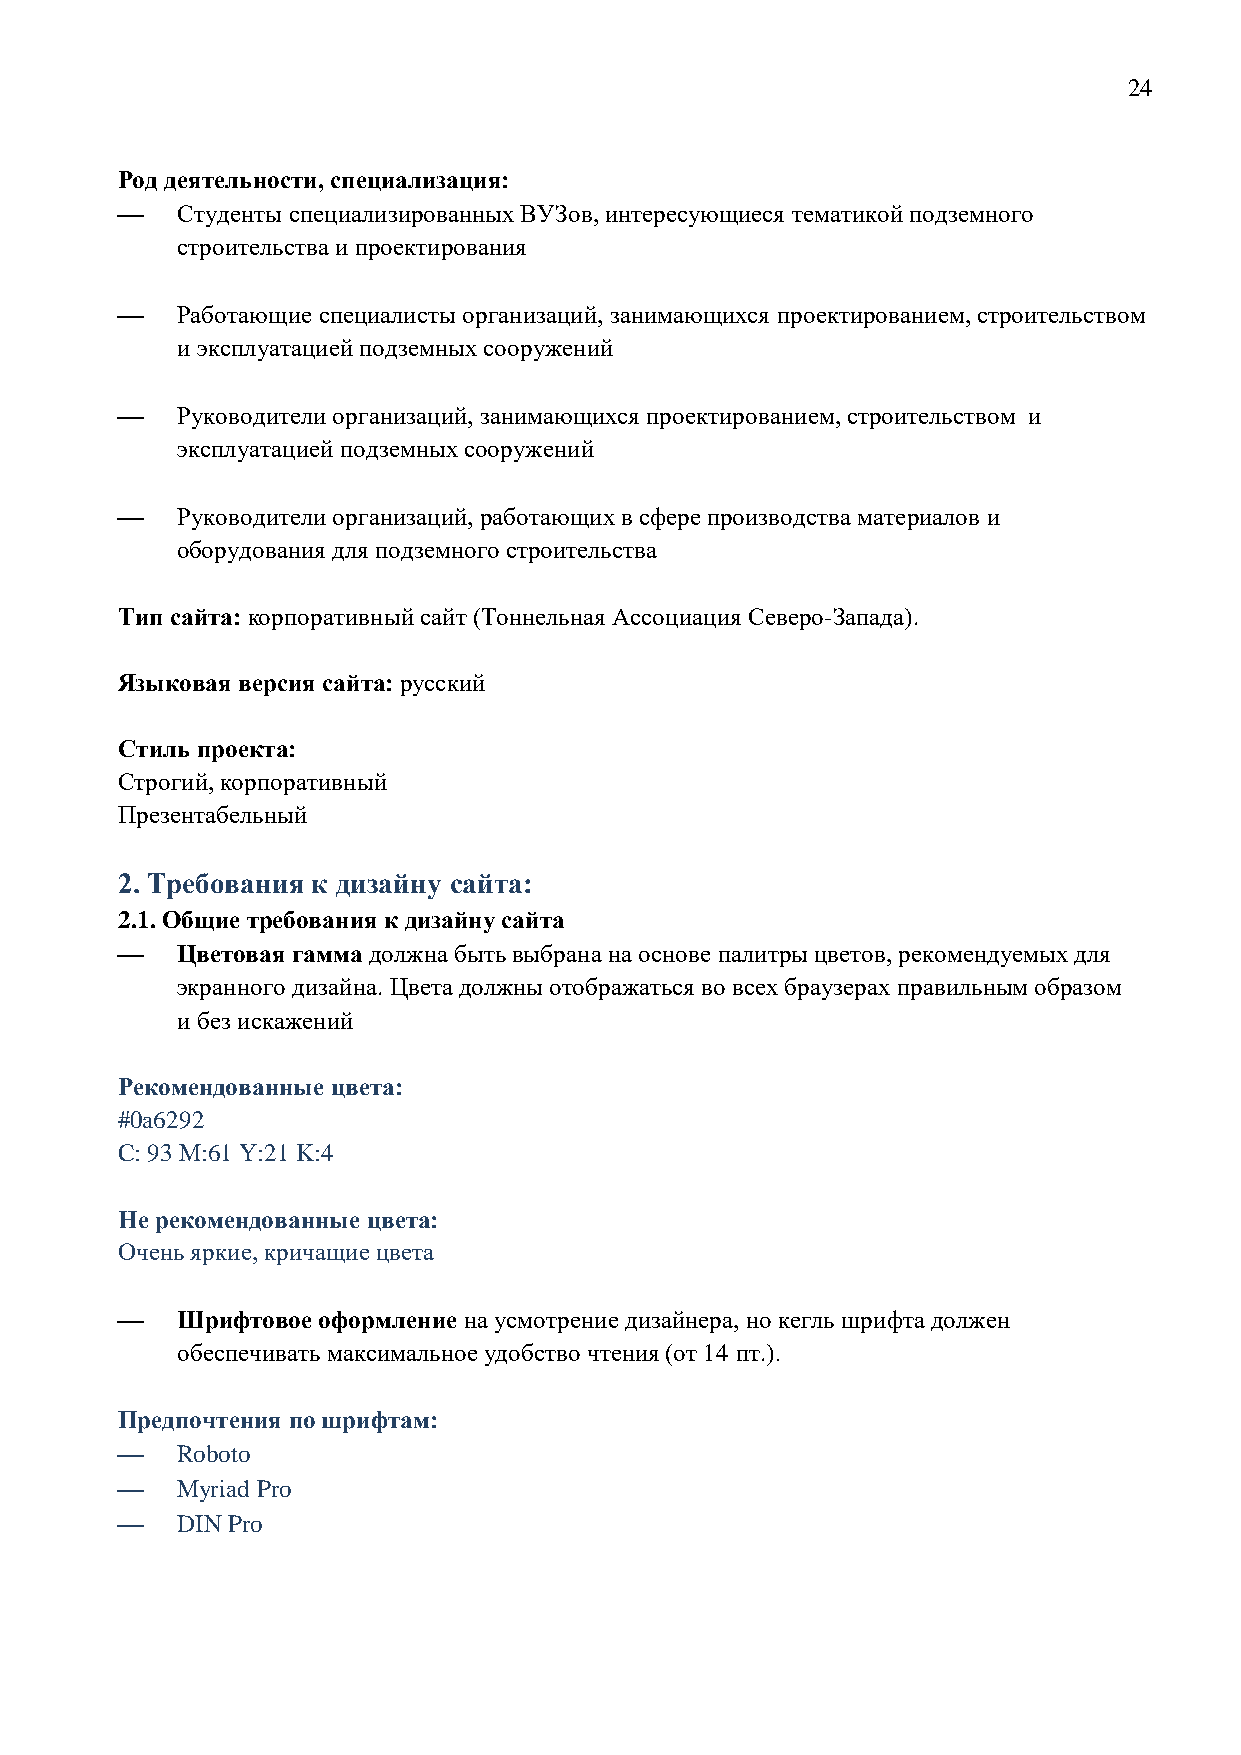
24
 Род деятельности, специализация:
    Студенты специализированных ВУЗов, интересующиеся тематикой подземного
 строительства и проектирования
    Работающие специалисты организаций, занимающихся проектированием, строительством
 и эксплуатацией подземных сооружений
    Руководители организаций, занимающихся проектированием, строительством и
 эксплуатацией подземных сооружений
    Руководители организаций, работающих в сфере производства материалов и
 оборудования для подземного строительства
 Тип сайта: корпоративный сайт (Тоннельная Ассоциация Северо-Запада).
 Языковая версия сайта: русский
 Стиль проекта:
 Строгий, корпоративный
 Презентабельный
 2. Требования к дизайну сайта:
 2.1. Общие требования к дизайну сайта
    Цветовая гамма должна быть выбрана на основе палитры цветов, рекомендуемых для
 экранного дизайна. Цвета должны отображаться во всех браузерах правильным образом
 и без искажений
 Рекомендованные цвета:
 #0a6292
 C: 93 M:61 Y:21 K:4
 Не рекомендованные цвета:
 Очень яркие, кричащие цвета
    Шрифтовое оформление на усмотрение дизайнера, но кегль шрифта должен
 обеспечивать максимальное удобство чтения (от 14 пт.).
 Предпочтения по шрифтам:
    Roboto
    Myriad Pro
    DIN Pro